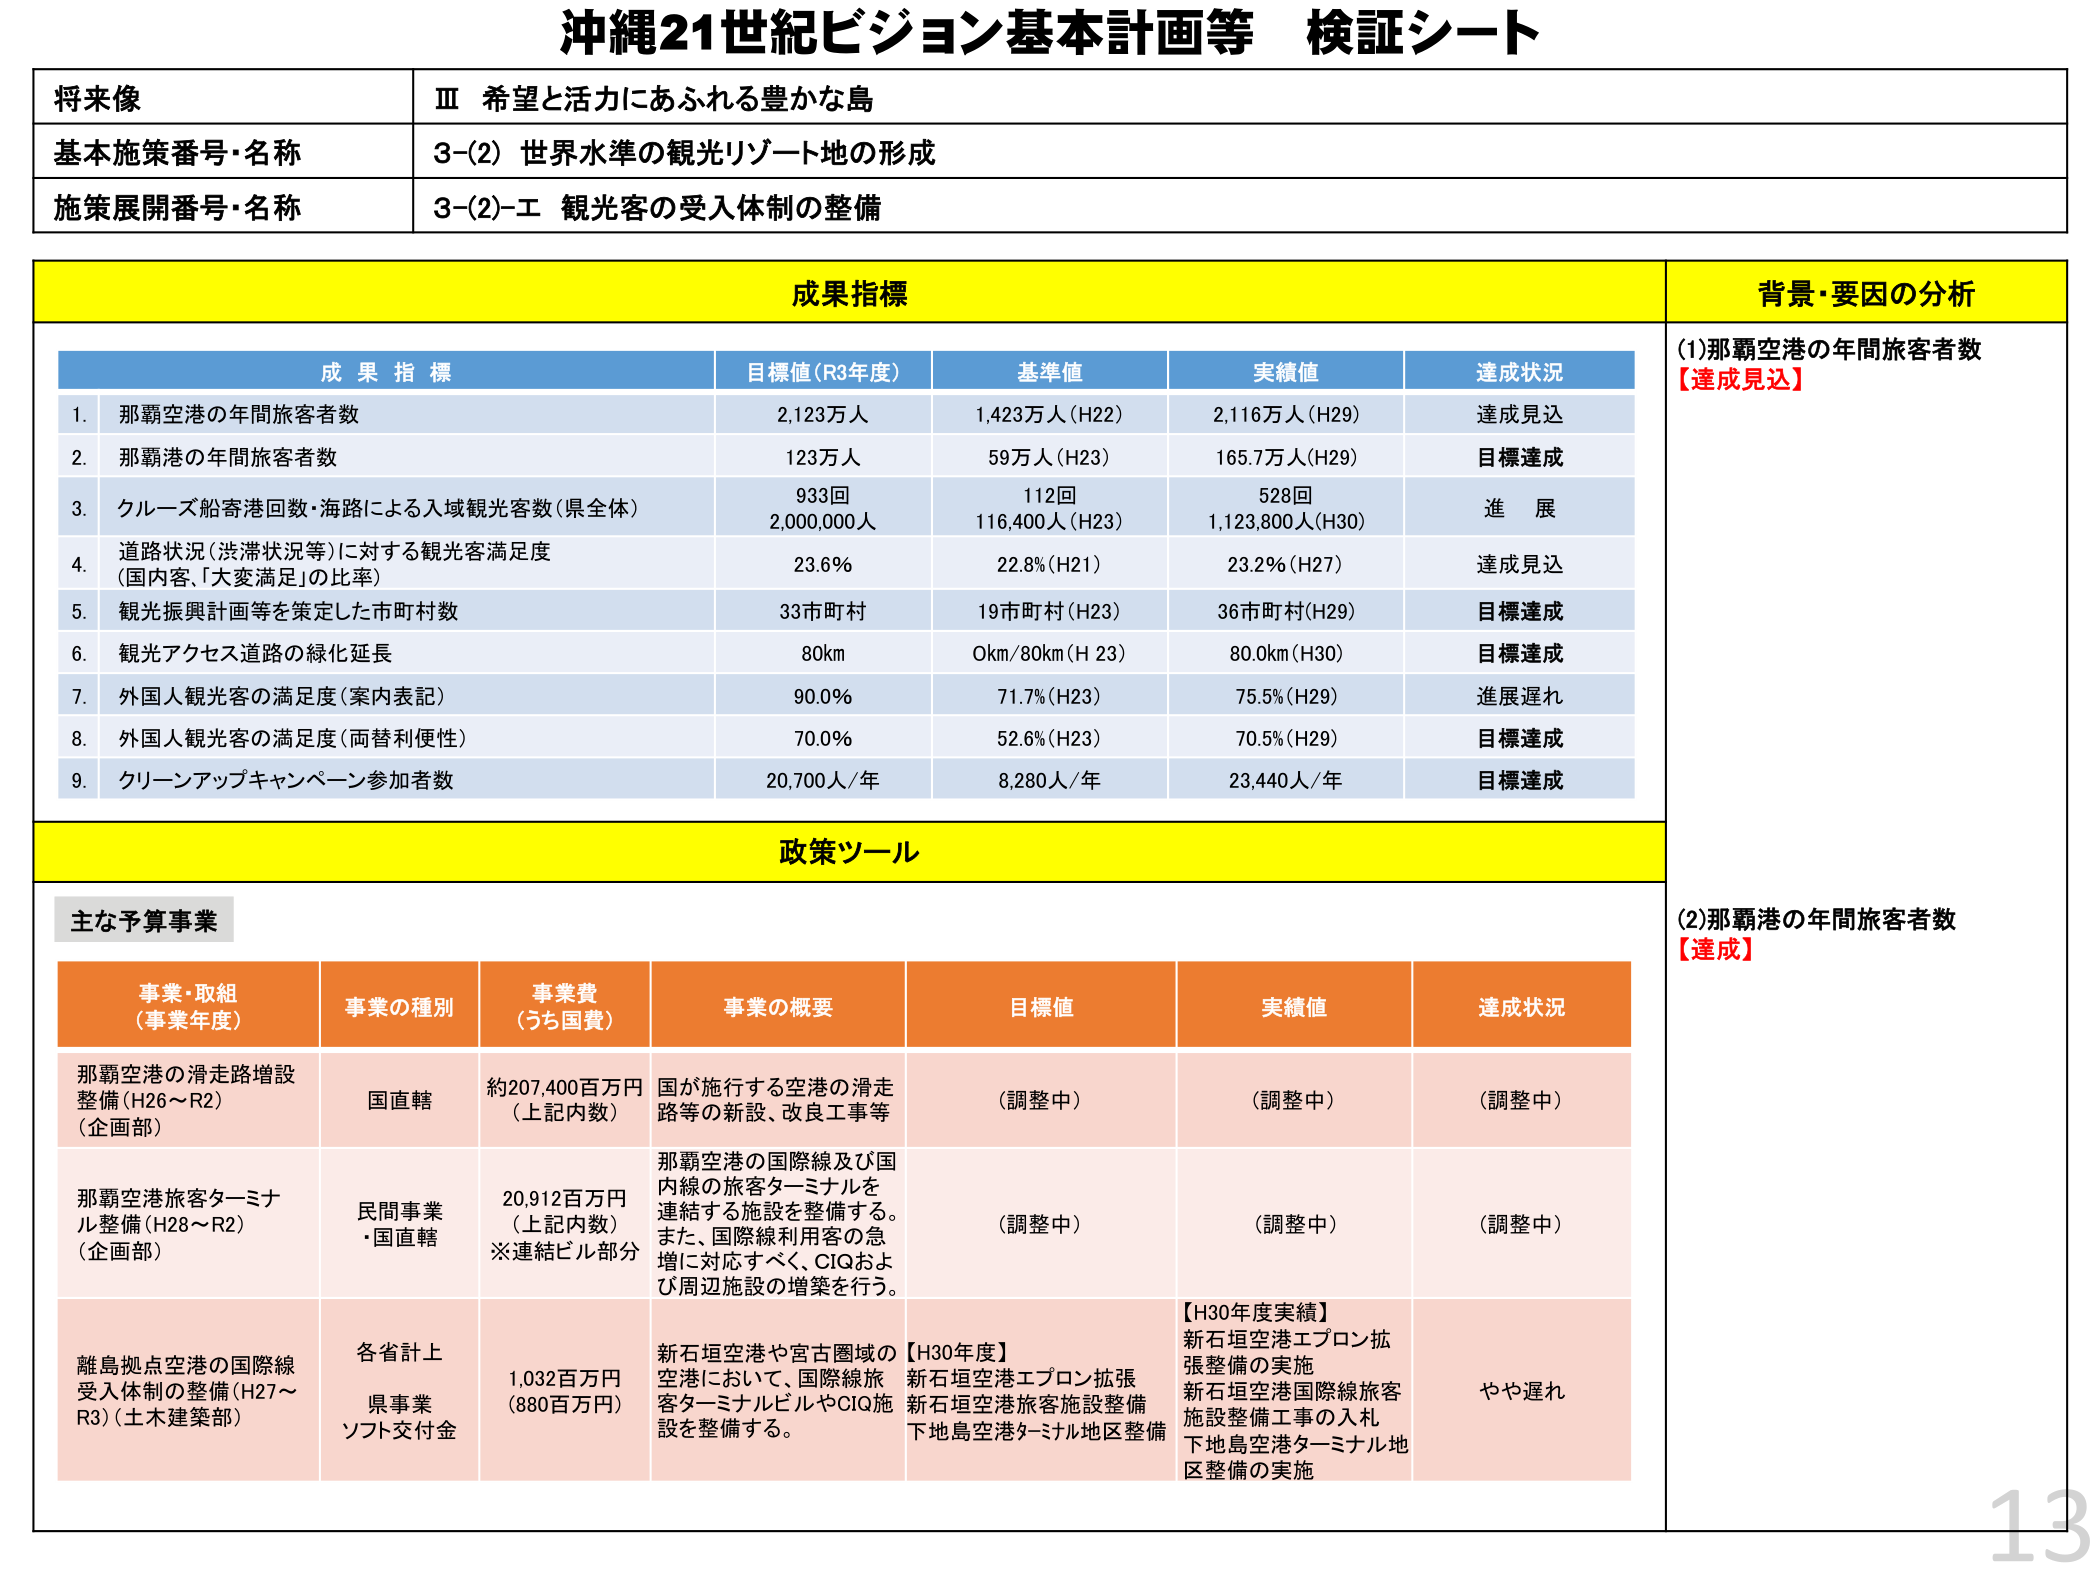
沖縄21世紀ビジョン基本計画等 検証シート

将来像
Ⅲ 希望と活力にあふれる豊かな島

基本施策番号・名称
3-(2) 世界水準の観光リゾート地の形成

施策展開番号・名称
3-(2)-エ 観光客の受入体制の整備

成果指標
背景・要因の分析

成果指標
目標値(R3年度)
基準値
実績値
達成状況

1. 那覇空港の年間旅客者数
2,123万人
1,423万人(H22)
2,116万人(H29)
達成見込

2. 那覇港の年間旅客者数
123万人
59万人(H23)
165.7万人(H29)
目標達成

3. クルーズ船寄港回数・海路による入域観光客数(県全体)
933回
2,000,000人
112回
116,400人(H23)
528回
1,123,800人(H30)
進 展

4. 道路状況(渋滞状況等)に対する観光客満足度
(国内客、「大変満足」の比率)
23.6%
22.8%(H21)
23.2%(H27)
達成見込

5. 観光振興計画等を策定した市町村数
33市町村
19市町村(H23)
36市町村(H29)
目標達成

6. 観光アクセス道路の緑化延長
80km
0km/80km(H23)
80.0km(H30)
目標達成

7. 外国人観光客の満足度(案内表記)
90.0%
71.7%(H23)
75.5%(H29)
進展遅れ

8. 外国人観光客の満足度(両替利便性)
70.0%
52.6%(H23)
70.5%(H29)
目標達成

9. クリーンアップキャンペーン参加者数
20,700人/年
8,280人/年
23,440人/年
目標達成

政策ツール

主な予算事業

事業・取組
(事業年度)
事業の種別
事業費
(うち国費)
事業の概要
目標値
実績値
達成状況

那覇空港の滑走路増設整備(H26～R2)
(企画部)
国直轄
約207,400百万円
(上記内数)
国が施行する空港の滑走路等の新設、改良工事等
(調整中)
(調整中)
(調整中)

那覇空港旅客ターミナル整備(H28～R2)
(企画部)
民間事業
・国直轄
20,912百万円
(上記内数)
※連結ビル部分
那覇空港の国際線及び国内線の旅客ターミナルを連結する施設を整備する。また、国際線利用客の急増に対応すべく、CIQおよび周辺施設の増築を行う。
(調整中)
(調整中)
(調整中)

離島拠点空港の国際線受入体制の整備(H27～R3)(土木建築部)
各省計上
県事業
ソフト交付金
1,032百万円
(880百万円)
新石垣空港や宮古圏域の空港において、国際線旅客ターミナルビルやCIQ施設を整備する。
【H30年度】
新石垣空港エプロン拡張
新石垣空港旅客施設整備
下地島空港ターミナル地区整備
【H30年度実績】
新石垣空港エプロン拡張整備の実施
新石垣空港国際線旅客施設整備工事の入札
下地島空港ターミナル地区整備の実施
やや遅れ

(1)那覇空港の年間旅客者数
【達成見込】

(2)那覇港の年間旅客者数
【達成】

13